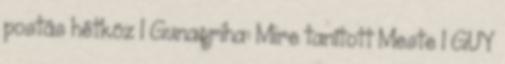
postás hétköz 1 Gunagriha: Mire tanított Meste 1 GUY